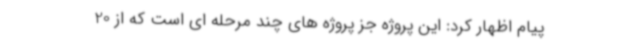
پیام اظهار کرد: این پروژه جز پروژه های چند مرحله ای است‌ که از 20